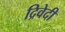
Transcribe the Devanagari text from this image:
द्रिवेदी